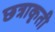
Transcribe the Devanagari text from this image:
छत्राकृती